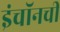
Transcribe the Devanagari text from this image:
इंचॉनची